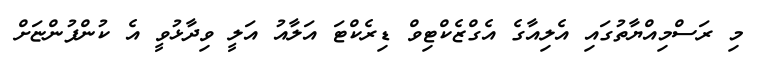
މި ރަސްމިއްޔާތުގައި އެލިއާގެ އެގްޒެކްޓިވް ޑިރެކްޓަ އަލާއު އަލީ ވިދާޅުވީ އެ ކުންފުންޏަށް